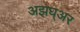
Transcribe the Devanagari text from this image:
अझघ्अर